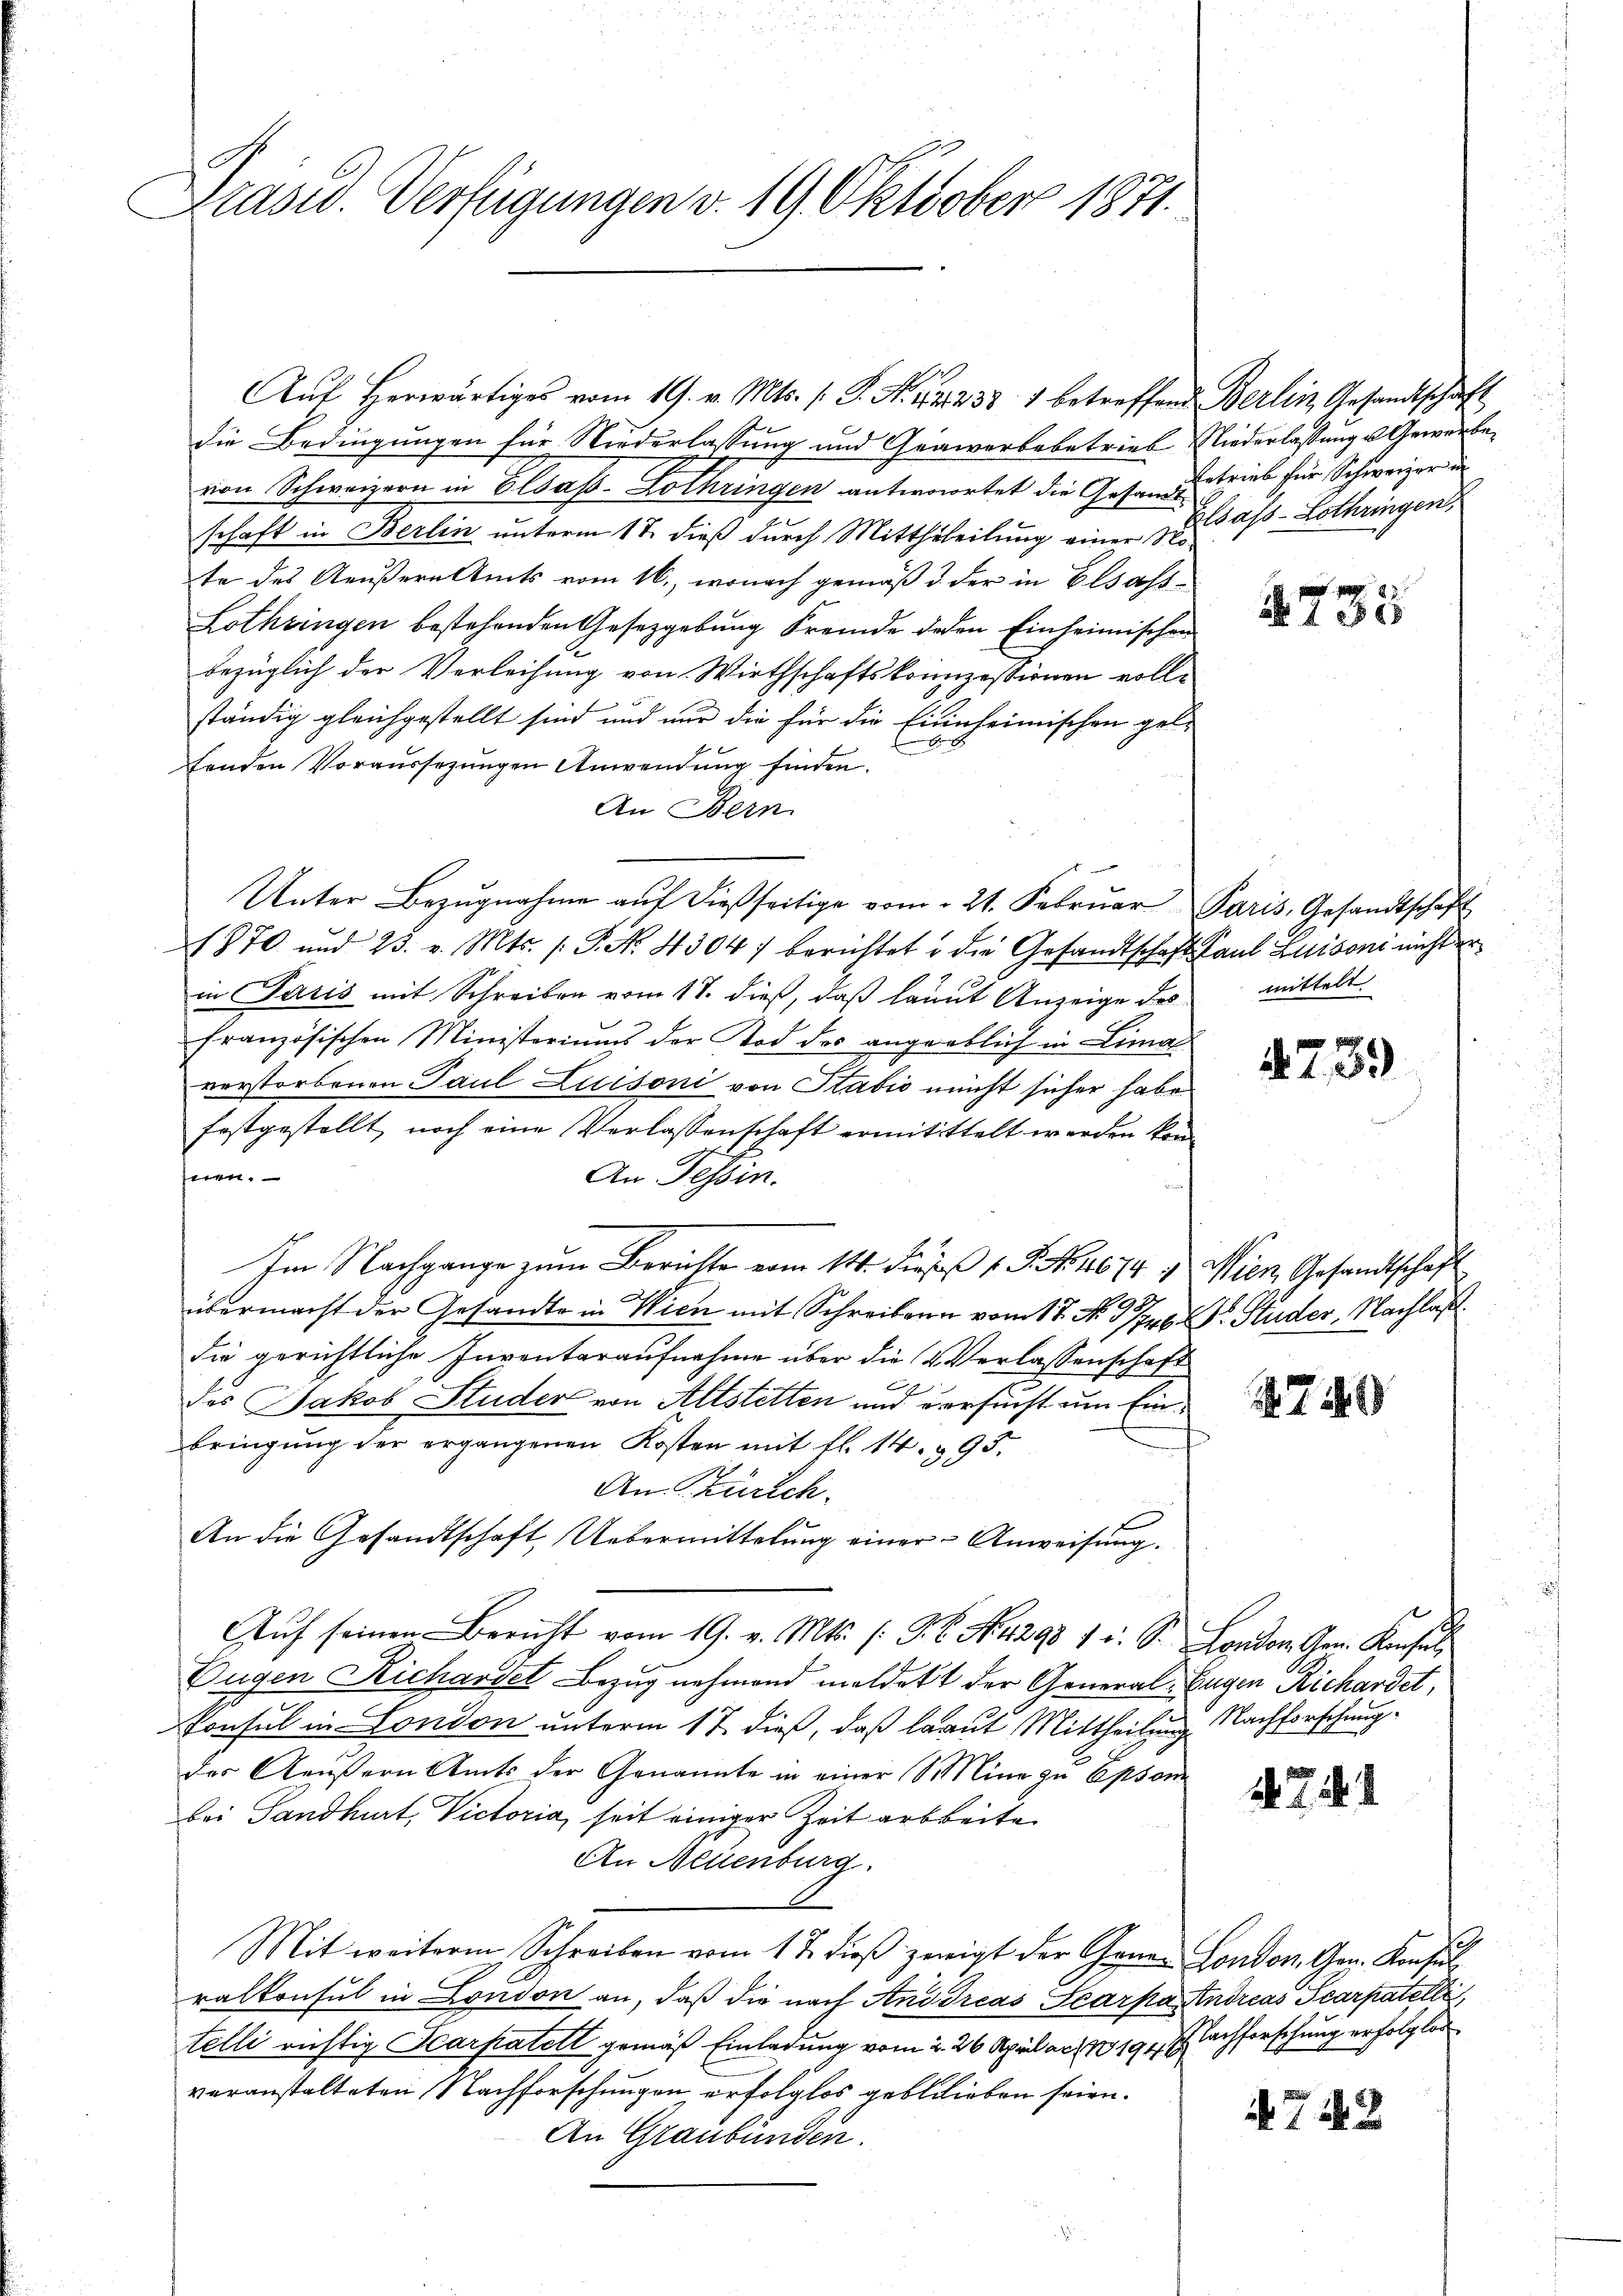
Drasw. Verfügungen v. 19. Oktober 1871.

Aŭf herwärtiges vom 19. v. Mts. (T. No. 2. 2233. 1 betreffend Berlin Gesandtschaft
die Bedingungen für Niederlassung und Gewerbebetrieb Niederlassung u. Gewerbe,
von Schweizern in Elsass-Lothringen antwortet die Gesandtstrieb für Schweizer in
schaft in Berlin unterm 17. dieß durch Mittheteilung einer zu Gass-Lothringen,
te des Aeußern Amts vom 16., wonach gemäß d. der in Elsass¬
Lothringen bestehenden Gesetzgebung Fremde jeden Einheimischen
bezüglich der Verleisung von Wirthschaftskonzessionen vollständig gleichgestellt sind und nur die für die Einheimischen ge-
Erinneren
tenden Voraussezungen Anwendung finden.
An Bern.
1870 und 23. v. Mts. s. P. Nr. 4304) berichtet u die Gesandtschaft.
in Paris mit Schreiben vom 17. dieß, daß laut Anzeige des
französischen Ministoriums der Tod des angeblich in Limal
verstorbenen Paul Luisoni von Sabić nicht sicher habe
festgestellt, noch eine Verlassenschaft ermitittelt werden kon
seien.
An Tessin.
Im Nachgange zum Berichte vom 14. Diens 1 S. Nr. 1679 1
übermacht der Gesandte in Wien mit Schreiben vom 17. No. 37fr. . Studer, Nachlaß
die gerichtliche Inventaraufnahme über die Verlassenschaft
des Jakob Studer von Altstetten und versucht um Einbringung der ergangenen Kosten mit fl. 14. 395.
An Zürich
An die Gesandtschaft Uebermittelung einer Anweisung.
Auf seinen Bericht vom 19. v. Mts. (: G. B. No. 429 f u. S. London. Gen. Konsul,
Eugen Richartet Bezug nehmend meldet der General¬
Konsul in London unterm 17. dieß, daß laut Mittheilung Nachforschungdes Aeußern Amts der Genannte in einer Sine zu Opsom
bei Sandkurt, Victoria, seit einiger Zeit arbeite
An Neuenburg.
Mit weitere Schreiben vom 17. dieß zeigt der Generalkonsul in London an, daß die nach Andreas Scarpatelli richtig Scarpatelt gemäß Einladung vom 2. 26. April ac. n 19. Nachforschung erfolglos
veranstalteten Nachforschungen erfolglos geblieben seien.
An Graubünden.

Unter Bezugnahme auf dießseitige vom 21. Februar

2735

Paris, Gesandtschaft
Paul Luisoni nicht ermittelt.

739

Wien Gesandtschaft

749

b
Eugen Richardet,

. 74.

London. Gen. Konsul
Andreas Scarpatelli,

742